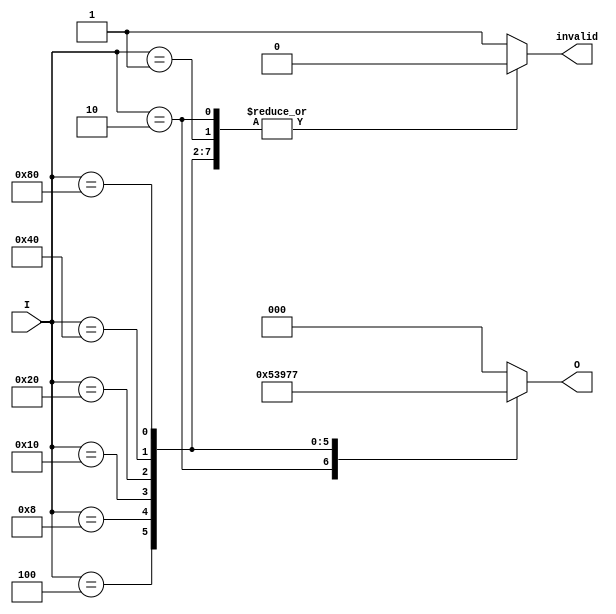
module one_of_n_encoder #(
    parameter N = 8  // Number of input lines (can be changed as needed)
) (
    input  wire [N-1:0] I,  // Input lines
    output reg  [$clog2(N)-1:0] O,  // Output lines
    output reg  invalid  // Indicates if no inputs are active
);

    always @(*) begin
        // Default output and invalid state
        O = 0;
        invalid = 1;

        // Priority encoding
        case (I)
            8'b00000001: begin O = 0; invalid = 0; end
            8'b00000010: begin O = 1; invalid = 0; end
            8'b00000100: begin O = 2; invalid = 0; end
            8'b00001000: begin O = 3; invalid = 0; end
            8'b00010000: begin O = 4; invalid = 0; end
            8'b00100000: begin O = 5; invalid = 0; end
            8'b01000000: begin O = 6; invalid = 0; end
            8'b10000000: begin O = 7; invalid = 0; end
            default: begin
                // If multiple inputs are active or no input is active
                O = 0; // Default output (can be changed based on requirements)
                invalid = 1; // Indicate an invalid state
            end
        endcase
    end

endmodule